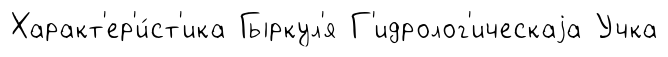
Характ'ер'и́ст'ика Гыркул'я Г'идролог'ическаjа Учка